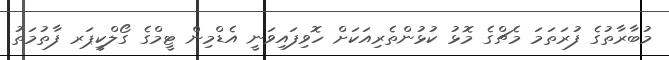
މުބާރާތުގެ ފުރަތަމަ މެޗްގެ މޮޅު ކުޅުންތެރިއަކަށް ހޮވިފައިވަނީ އެޑްމިން ޓީމްގެ ގޯލްކީޕަރ ފާތުމަތު